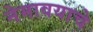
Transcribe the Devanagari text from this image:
नेमावयाचे